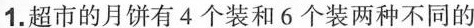
包装，王奶奶买了7盒4个装的和4盒6个